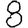
Digit: 8